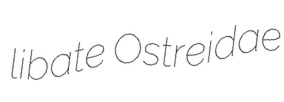
libate Ostreidae